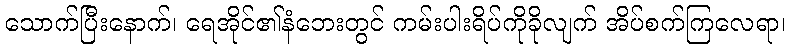
သောက်ပြီးနောက်၊ ရေအိုင်၏နံဘေးတွင် ကမ်းပါးရိပ်ကိုခိုလျက် အိပ်စက်ကြလေရာ၊